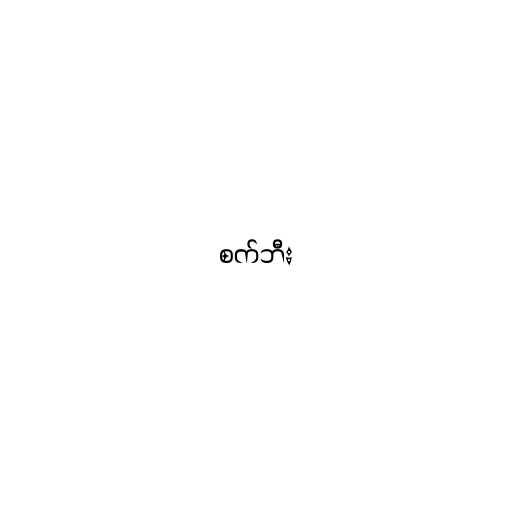
စက်ဘီး